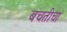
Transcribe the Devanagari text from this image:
बचतीचा